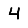
Digit: 4